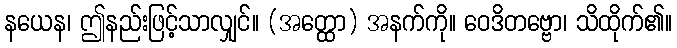
နယေန၊ ဤနည်းဖြင့်သာလျှင်။ (အတ္ထော) အနက်ကို။ ဝေဒိတဗ္ဗော၊ သိထိုက်၏။